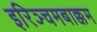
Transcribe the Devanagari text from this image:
इरिञ्चमबाक्कम